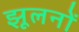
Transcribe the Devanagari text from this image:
झूलनों